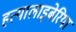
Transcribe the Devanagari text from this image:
हत्यालाइबेरिया